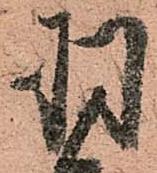
羽